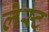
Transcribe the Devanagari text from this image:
लेस्ट